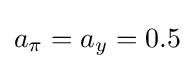
a_{\pi }=a_{y}=0.5